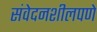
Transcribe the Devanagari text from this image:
संवेदनशीलपणे